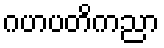
ဂဟပတိကညာ